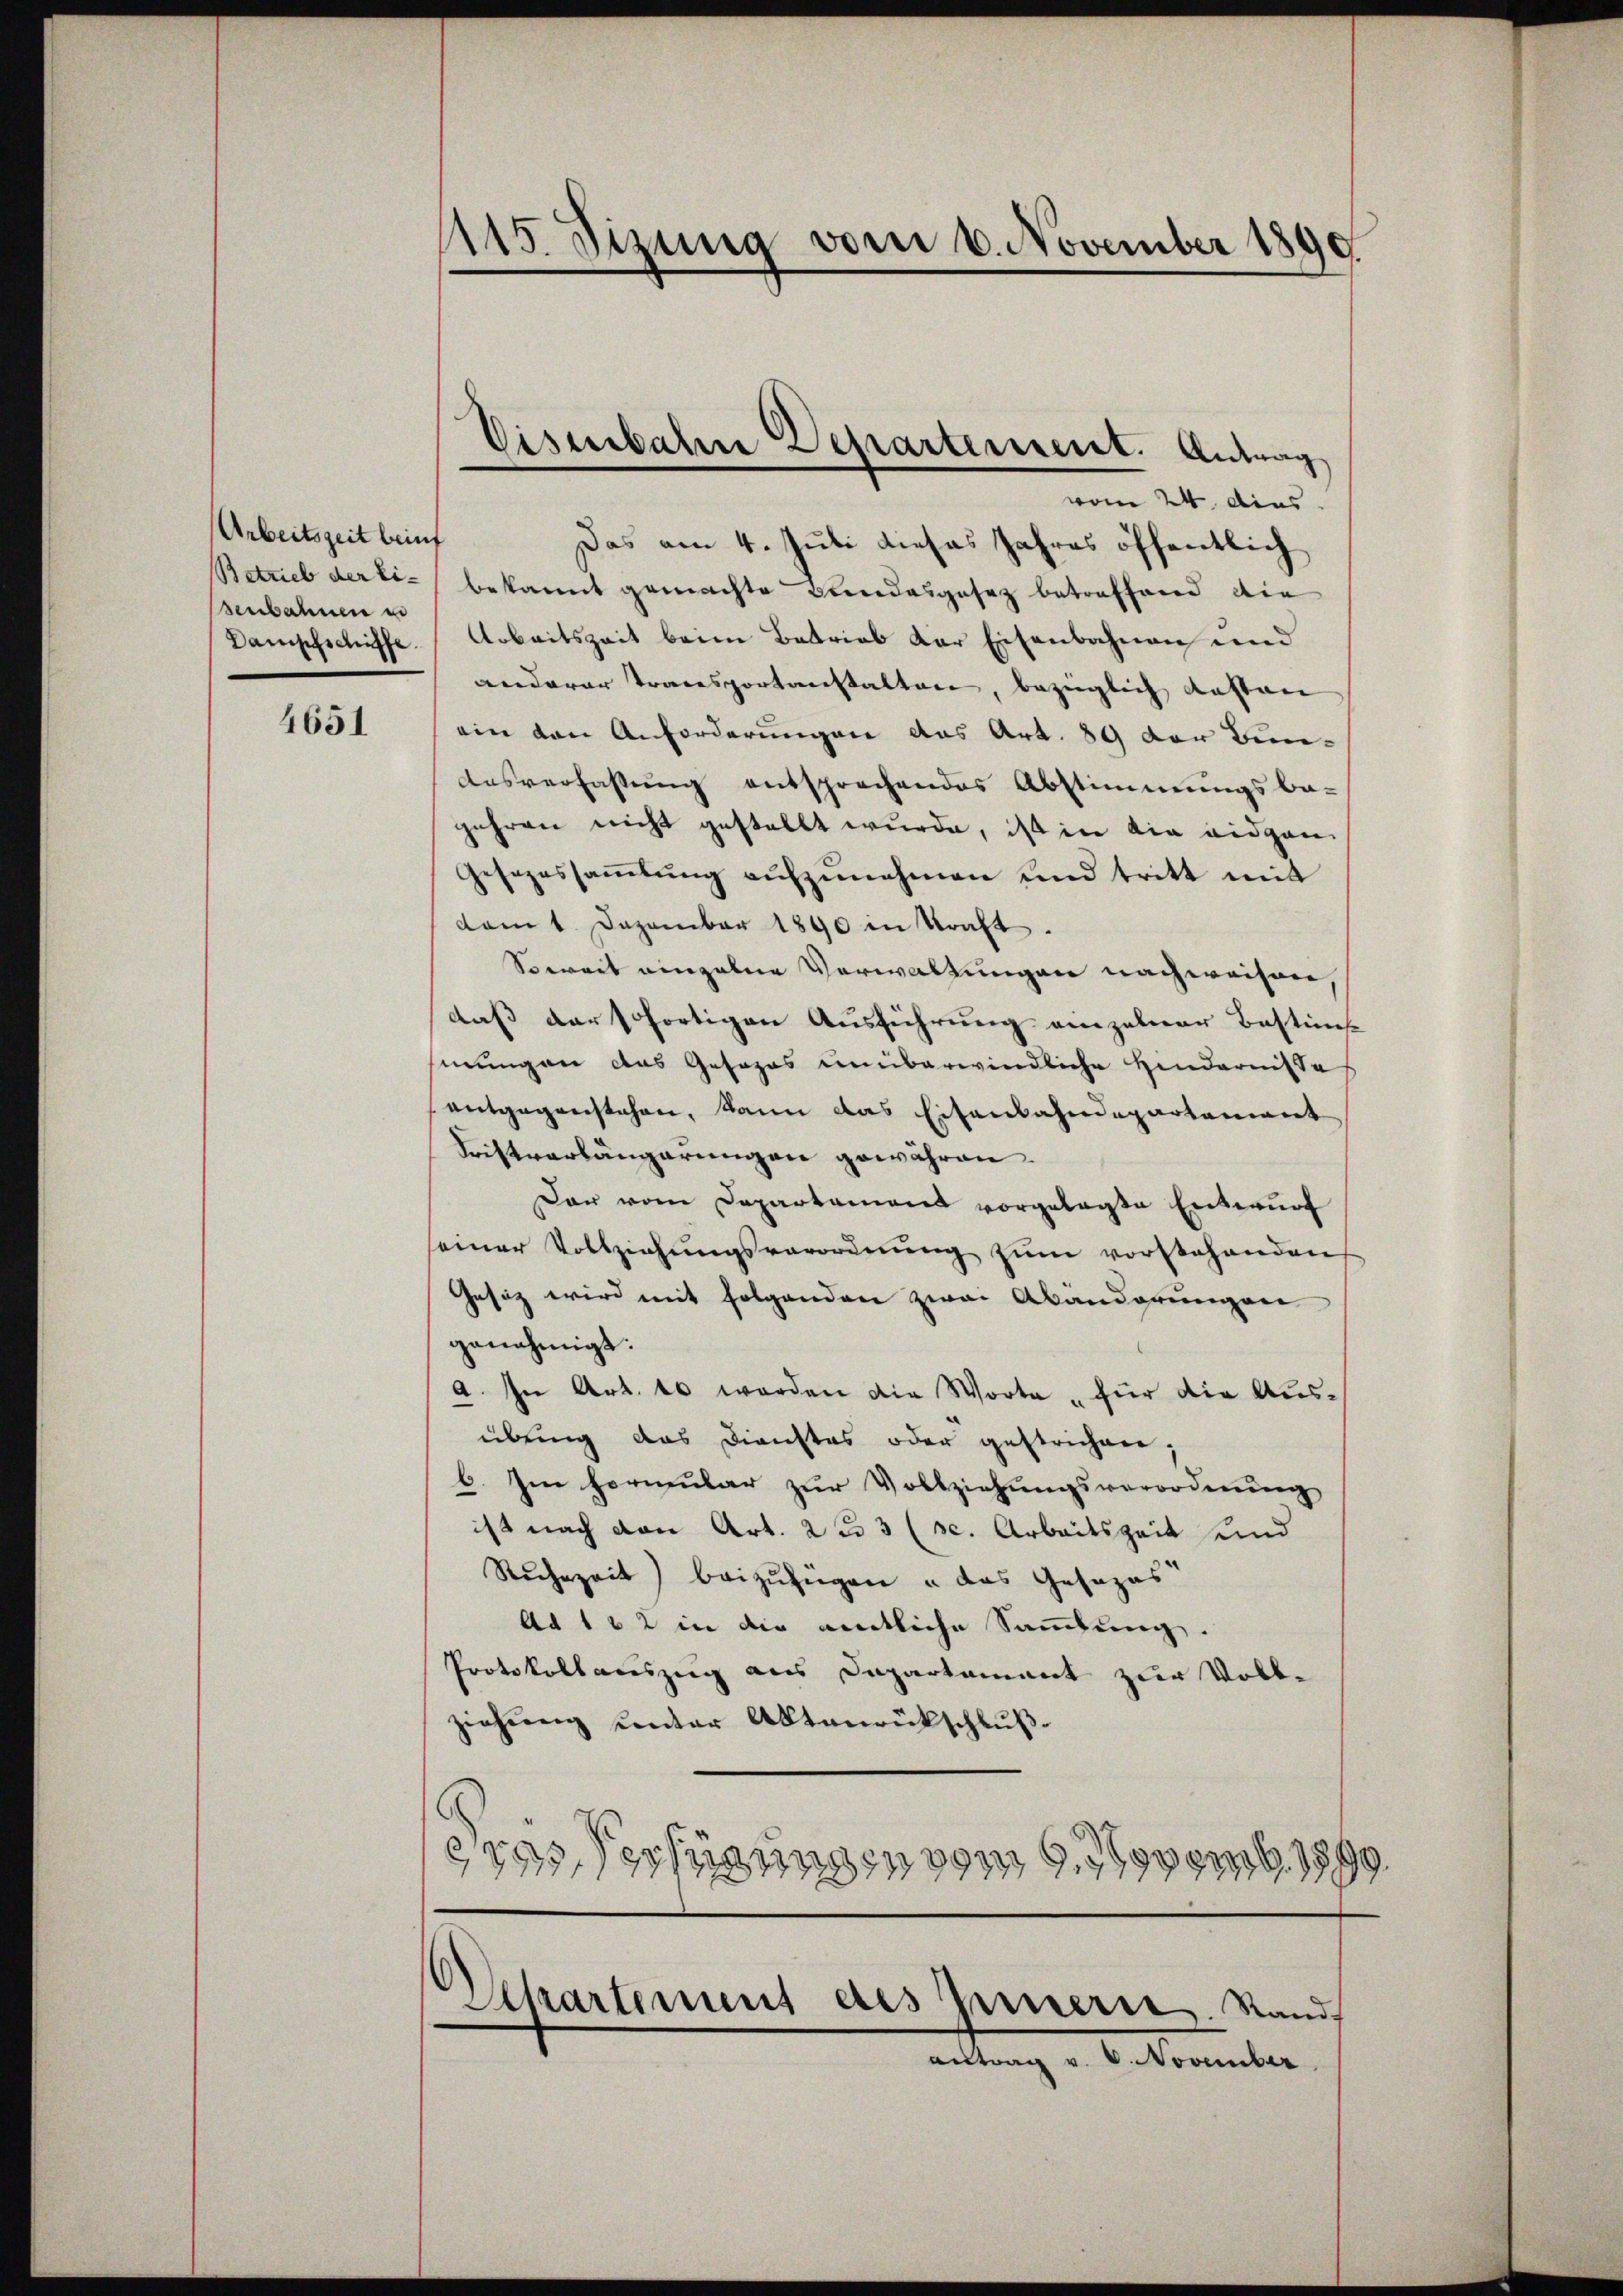
Arbeitszeit beinf
Betrieb der Ei-
senbahnen in
Dampfschiffe
.

4651

115. Sizung vom 6. November 1890

vom 24. dies
Das am 4. Juli dieses Jahres öffentlich
bekannt gemachte Bundesgesez betreffend die
Arbeitszeit beim Betrieb der Eisenbahnen und
anderer Transportanstalten, bezüglich anstan
ein von Anforderungen aus Art. 89 der Bun¬
Ausverfassŭng entsprechendes Abstimmungsbe-
gehren nicht gestellt wurde, ist in die eidgen
Gesezessaṁlŭng aŭfzŭnehmen und tritt mit
dam 1. Dezember 1890 in Kraft.
Soweit einzelne Verwaltungen nachweisen,
daß der schortigen Ausführung einzelner Bestim
mungen das Gesages unüberwindliche Hindernisse
entgegenstehen, kann das Eisenbahndepartement
Fristverlängerungen gewähren.
Der vom Departament vorgelegte Entwŭrf
einer Vollziehŭngsverordnŭng zŭm vorstehenden
Gesitz wird mit folgenden zwai Abanderungen
genehmigt.
a. In Art. 10 werden die Worte „für die Ausübring das Dienstes oder gestrichen,
6. Im Hormŭlar zŭr Vollziehŭngsverordnŭng
ist nach von Art. 2 u 3 (s. Arbeitszeit und
Ruchzeit) beizufügen u das Gesezes
Ad 102 in die amtliche Sammlung.
Protokollauszug aus Dapartament zur Vollziehung unter Aktenrückschluß
dres Verfügungen vom 9. 1790emb. 1899.

Eisenbahne Departerneret. Antrag

Departement des Innerte. Stand
antrag v. 6. November